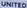
UNITED